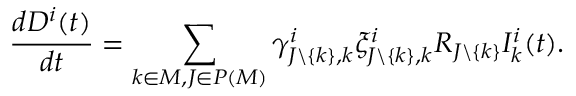
\frac { d D ^ { i } ( t ) } { d t } = \sum _ { k \in M , J \in P ( M ) } \gamma _ { J \backslash \{ k \} , k } ^ { i } \xi _ { J \backslash \{ k \} , k } ^ { i } R _ { J \backslash \{ k \} } I _ { k } ^ { i } ( t ) .